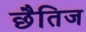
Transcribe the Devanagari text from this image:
छैतिज